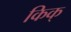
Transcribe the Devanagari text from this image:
किक्